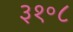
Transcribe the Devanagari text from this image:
३१॰८